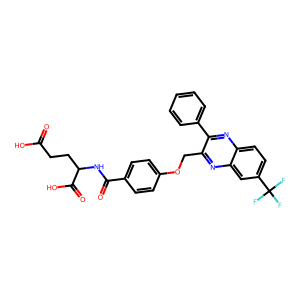
SMILES: O=C(O)CCC(NC(=O)c1ccc(OCc2nc3cc(C(F)(F)F)ccc3nc2-c2ccccc2)cc1)C(=O)O
Inhibits HIV replication: No